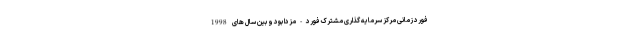
فورد زمانی مرکز سرمایه گذاری مشترک فورد-مزدا بود و بین سال های 1998